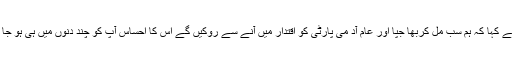
انہوں نے کہا کہ ہم سب مل کربھا جپا اور عام آد می پارٹی کو اقتدار میں آنے سے روکیں گے اس کا احساس آپ کو چند دنوں میں ہی ہو جا ئے گا۔